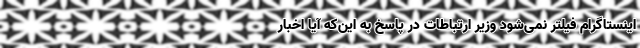
اینستاگرام فیلتر نمی‌شود وزیر ارتباطات در پاسخ به این‌که آیا اخبار